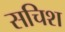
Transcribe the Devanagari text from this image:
सचिश